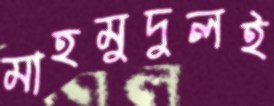
মাহমুদুলই